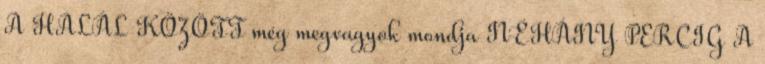
A HALÁL KÖZÖTT még megvagyok mondja NÉHÁNY PERCIG A